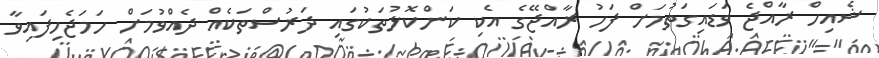
ޝެއިހް ރާއްޖެ ވަޑައިގަތުމަށް ފަހު ރާއްޖޭގެ އެކި ކަންކޮޅުތަކުގައި ދަރުސްތަކެއް ދެއްވުމަށް ހަމަޖެހިފައިވާ